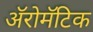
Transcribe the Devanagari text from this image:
अॅरोमॅटिक